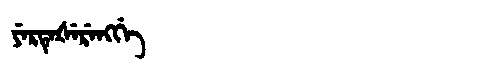
Manchu: ᠶᡝᡵᡨᡝᡧᡝᡵᡝᠩᡤᡝ
Romanization: YERTEŠERENGGE